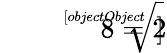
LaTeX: {\sqrt[[objectObject]]{8}}=2